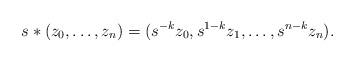
LaTeX: \begin{align*} s \ast (z_0, \ldots, z_n) = (s^{-k} z_0, s^{1-k} z_1, \ldots, s^{n-k} z_n).\end{align*}